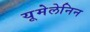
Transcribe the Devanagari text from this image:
यूमेलेनिन